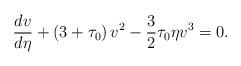
LaTeX: \begin{align*}\frac{dv}{d\eta} + \left( 3 + \tau_0 \right) v^2 - \frac32 \tau_0\eta v^3 = 0. \end{align*}